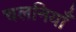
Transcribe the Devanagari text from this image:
चलनियाँ